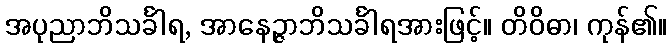
အပုညာဘိသင်္ခါရ, အာနေဉ္ဇာဘိသင်္ခါရအားဖြင့်။ တိဝိဓာ၊ ကုန်၏။